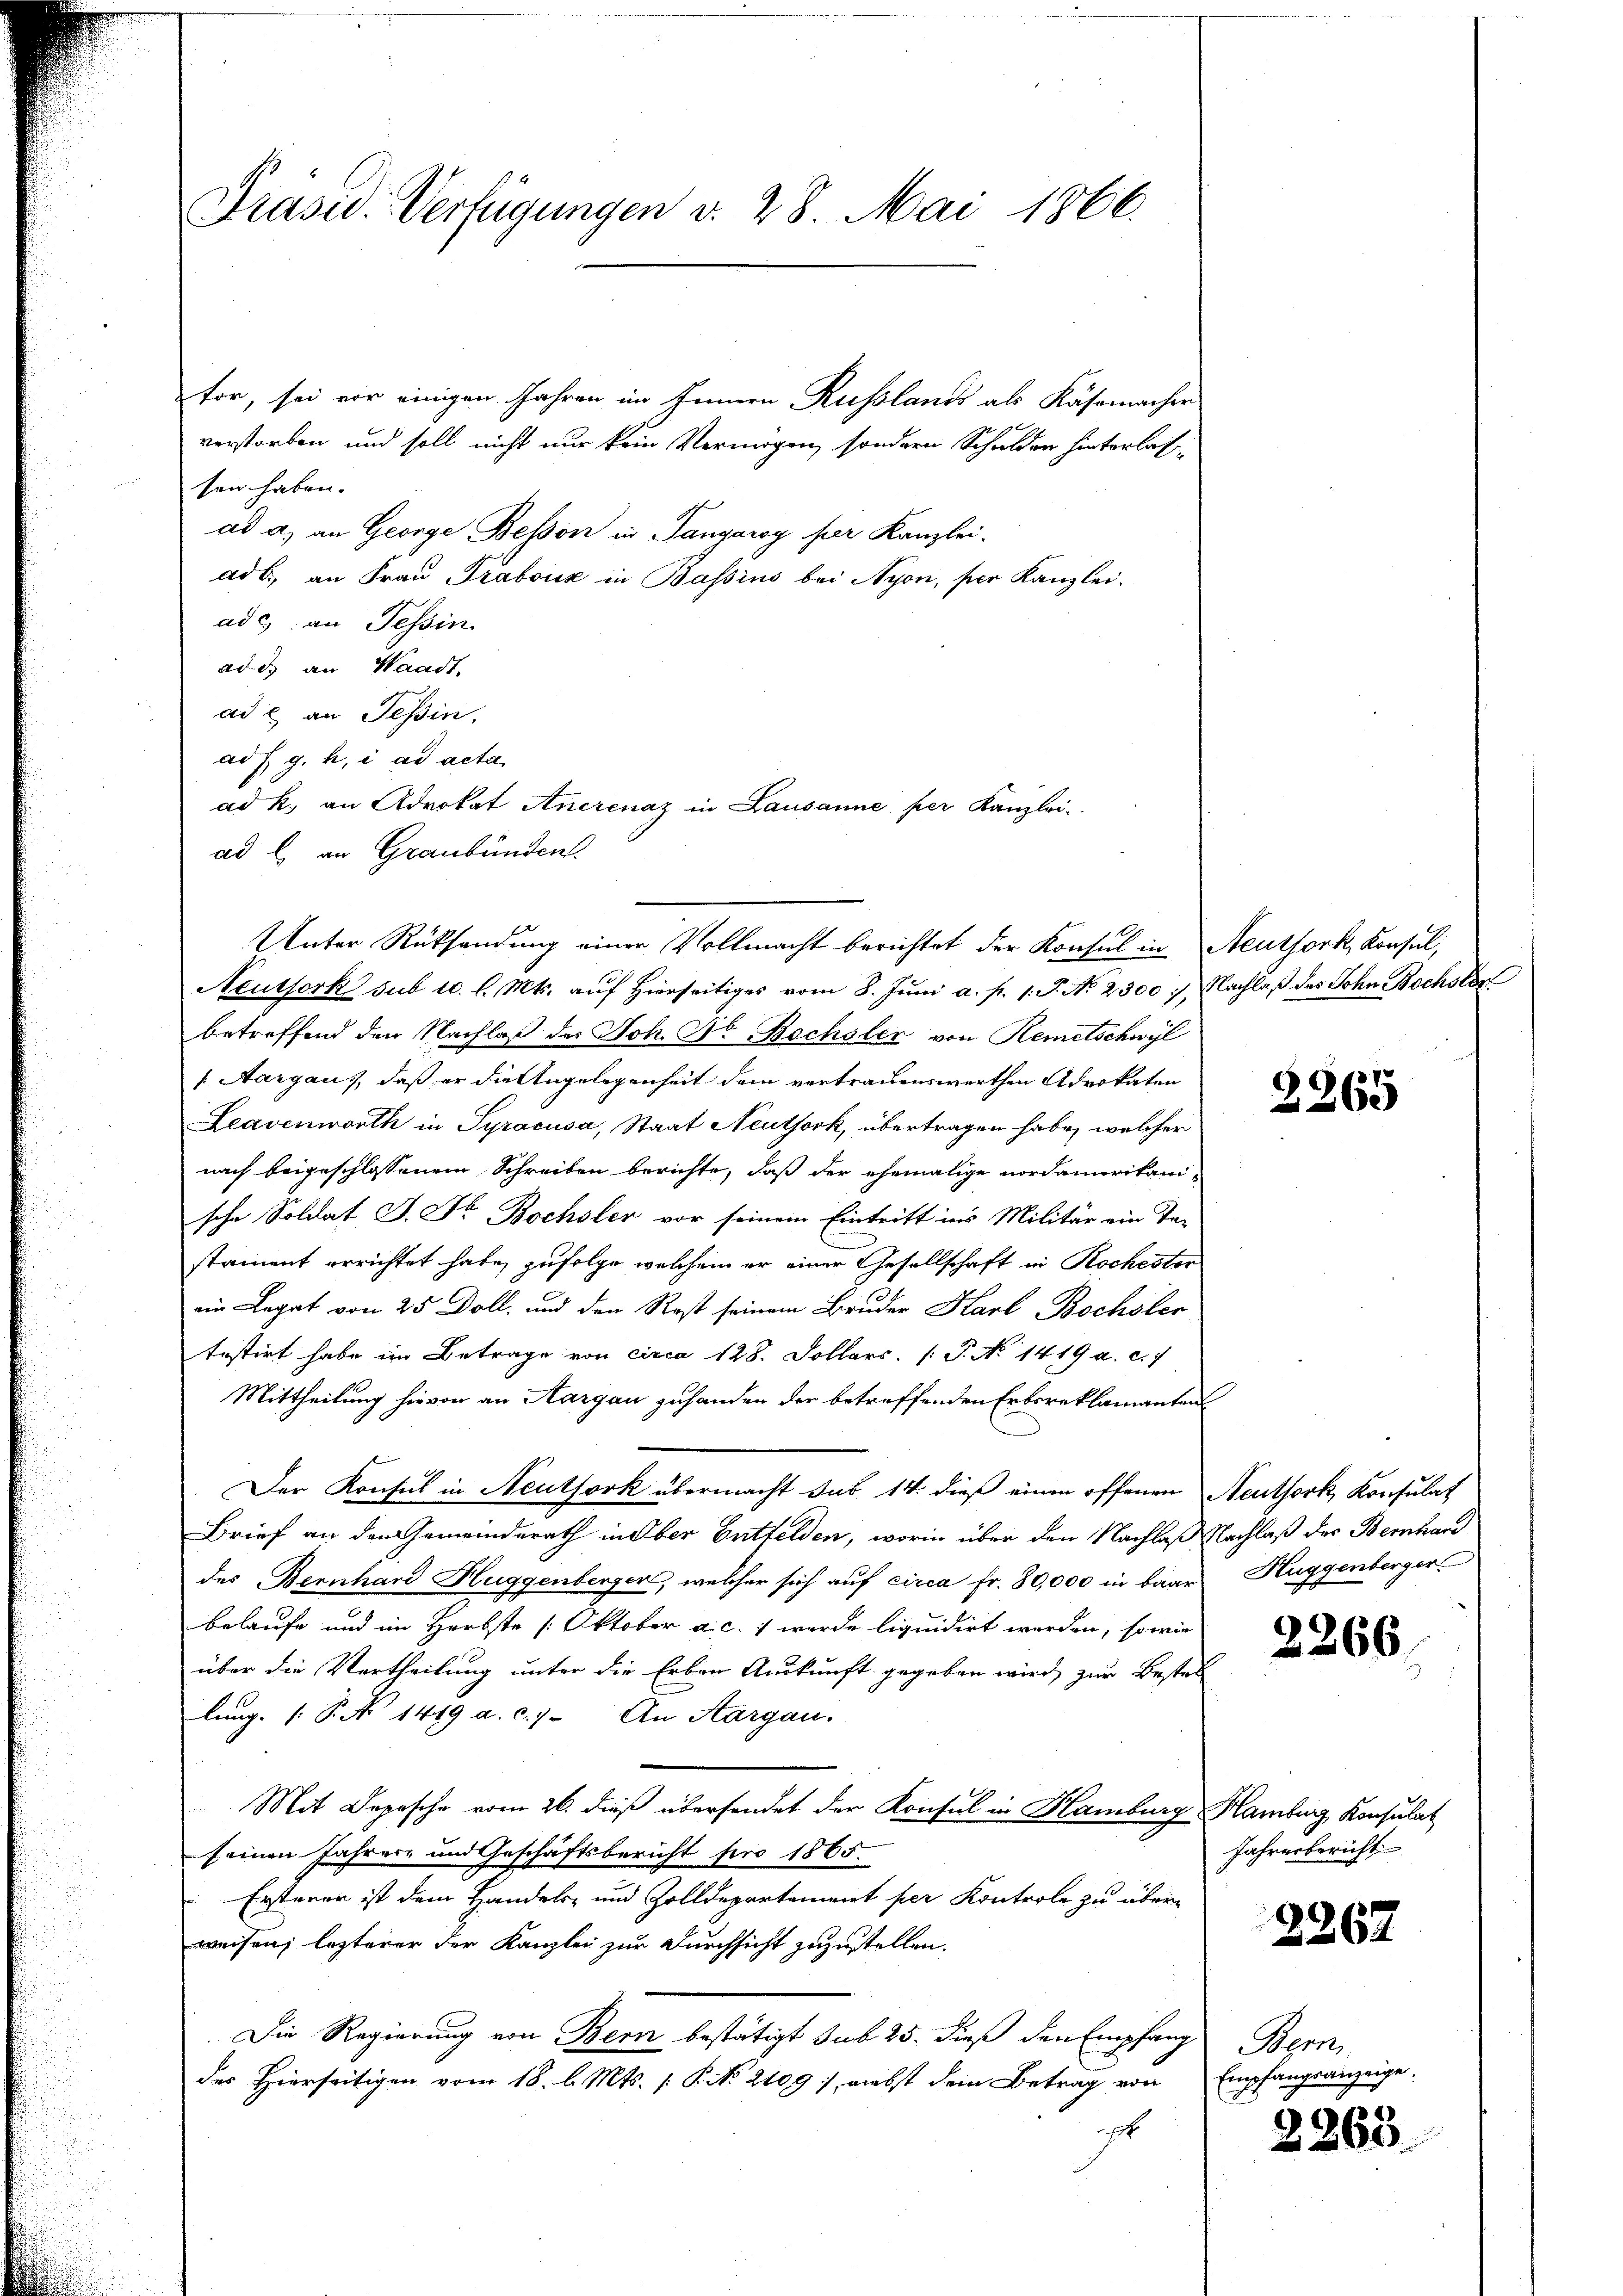
Präsid. Verfügungen v. 28. Mai 1866.

for, sei vor einigen Jahren im Innern Russlands als Kässmacher
verstorben und soll nicht nur kein Vermögen sondern Schulden hinterlassen haben.
ad a.) an George Bessen in Tangaroy per Kanzlei-
ad b., an Frau Traboiz in Bassins bei Nyon, per Kanzlei-
ad c) an Tessin
ad. d. an Waadt,
ad c. an Tessin,
ad s. g. h. i ad acta
ad b. an Graubünden.
Neutfork sub 10. l. Mts. auf hierseitiges vom 8. Jŭni a. p. 1. J. No. 2300 : Nachlaß des John Bochslos
betreffend den Nachlaß des Joh. Nr. Bechsler von Remetschwyl
[ Aargau, daß er die Angelegenheit dem vertrauenswerthen Advokaten
Leavenworth in Syracusa, Staat Neuthork, übertragen habe, welcher
nach beigeschlossenem Schreiben berichte, daß der ehemalige Nordamerikani-
sche Soldat J. Dr. Bochsler vor seinem Eintritt ins Militär ein Te-
stament errichtet habe, zufolge welchem er einer Gesellschaft in Rochestor
ein Legat von 25 Doll, und den Rost seinem Bruder Karl Bochsler
testirt habe im Betrage von circa 128. Dollars P. No 1419 a. c. 7
Mittheilung hievon an Aargau zuhanden der betreffenden Erbsreklamanten
Der Konsul in Neuthork übermacht sub 14. dieß einen offenen Neuthork, Konsulat
Brief an den Gemeinderath in Ober Entfelden, worin über den Nachlaß Nachlaß der Bernhard
des Bernhard Huggenberger, welcher sich auf circa Fr. 80,000 in baar Huggenberger
belaufe und im Herbste / Oktober a. c. 1 wurde liquidirt werden, sowie
über die Vertheilung unter die Erben Auskunft gegeben wird, zur Bestel
lung. 1. P. No 1419 a. c.) An Aargau.
Mit Depesche vom 26. dieß übersendet der Konsul in Hamburg Hamburg Konsulat
seinen Jahrere und Geschäftsbericht pro 1865.
Ersteren ist dem Handels- und Zolldepartement per Kontrole zu überweisen; lezterer der Kanzlei zur Durchsicht zuzustellen.
Die Regierung von Bern bestätigt sub 25. dieß den Empfang Bern
des Hierseitigen vom 18. l. Mts. [ P. No. 2109), Liebst dem Betrag von
t

ad k. an Advokat Anerenaz in Lausanne per Kanzlei-

Unter Rücksendung einer Vollmacht berichtet der Konsul in Neuthork, Konsul,

2265

2266.

Jahrerbericht

2267

Empfangsanzeige.

2363.